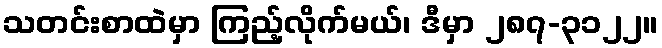
သတင်းစာထဲမှာ ကြည့်လိုက်မယ်၊ ဒီမှာ ၂၈၇-၃၁၂၂။